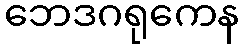
ဘေဒဂရုကေန